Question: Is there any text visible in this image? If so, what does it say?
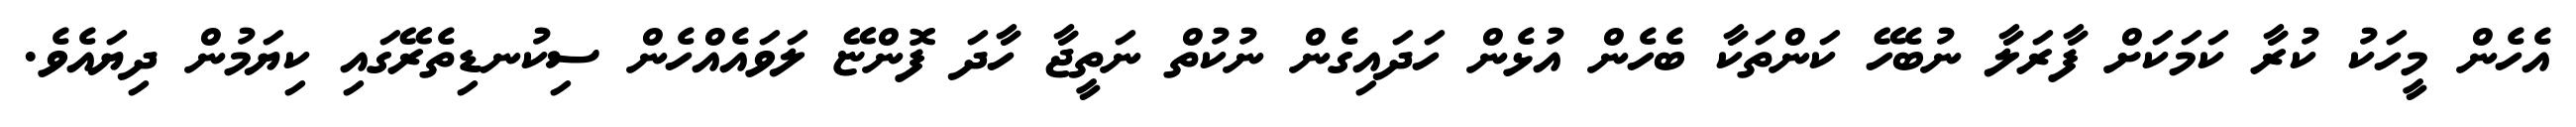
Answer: އެހެން މީހަކު ކުރާ ކަމަކަށް ފާރަލާ ނުބެހޭ ކަންތަކާ ބެހެން އުޅެން ހަދައިގެން ނުކުތް ނަތީޖާ ހާދަ ފޮންޏޭ ލަވައެއްހެން ސިކުނޑިތެރޭގައި ކިޔަމުން ދިޔައެވެ.